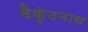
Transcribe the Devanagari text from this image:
वैकुंठनाथ